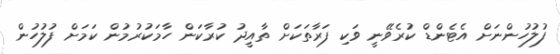
ފުލުހުންނަށް އެޓެންޑް ކުރެވޭނީ ވަކި ފަރާތަކަށް ތާއީދު ކުރާކަން ހާމަކުރުމުން ކަމަށް ފުލުހުން